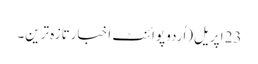
23 اپریل(اُردو پوائنٹ اخبارتازہ ترین۔